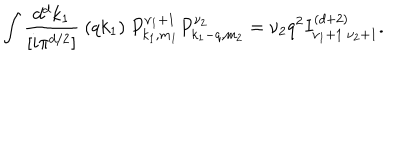
\int \frac { d ^ { d } k _ { 1 } } { [ i \pi ^ { d / 2 } ] } ~ ( q k _ { 1 } ) ~ P _ { k _ { 1 } , m _ { 1 } } ^ { \nu _ { 1 } + 1 } P _ { k _ { 1 } - q , m _ { 2 } } ^ { \nu _ { 2 } } = \nu _ { 2 } q ^ { 2 } I _ { \nu _ { 1 } + 1 ~ \nu _ { 2 } + 1 } ^ { ( d + 2 ) } .